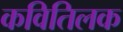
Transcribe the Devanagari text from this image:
कवितिलक